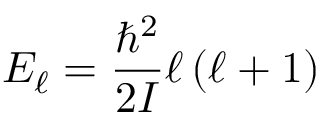
E _ { \ell } = { \frac { \hbar ^ { 2 } } { 2 I } } \ell \left( \ell + 1 \right)